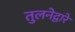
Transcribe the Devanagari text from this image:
तुलनेद्वारे